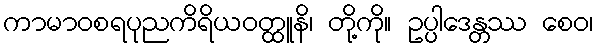
ကာမာဝစရပုညကိရိယဝတ္ထူနိ၊ တို့ကို။ ဥပ္ပါဒေန္တဿ စေဝ၊